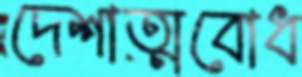
দেশাত্মবোধ